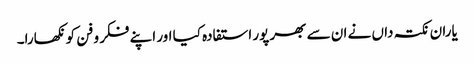
یاران نکتہ داں نے ان سے بھر پور استفادہ کیا اور اپنے فکر و فن کو نکھارا۔